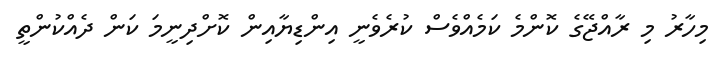
މިހާރު މި ރާއްޖޭގެ ކޮންމެ ކަމެއްވެސް ކުރެވެނީ އިންޑިޔާއިން ކޮށްދިނީމަ ކަން ދެއްކުންތީ